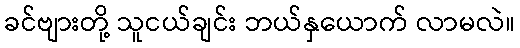
ခင်ဗျားတို့ သူငယ်ချင်း ဘယ်နှယောက် လာမလဲ။